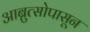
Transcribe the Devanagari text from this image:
आब्रुत्सोपासून